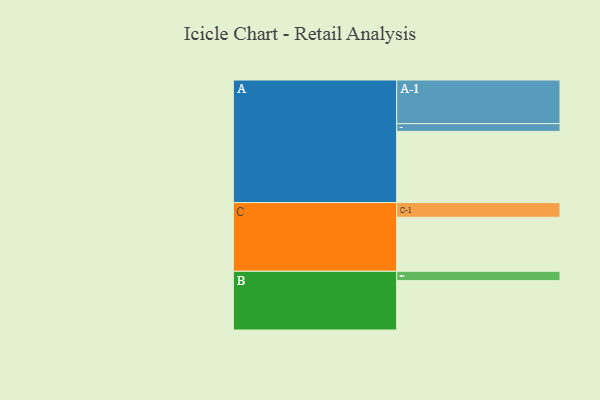
{"axis": {"x": "Segment", "y": "Value"}, "legend": ["", "A", "B", "C"], "data": [{"x": "A", "y": 486, "type": ""}, {"x": "B", "y": 337, "type": ""}, {"x": "C", "y": 369, "type": ""}, {"x": "A-1", "y": 298, "type": "A"}, {"x": "A-2", "y": 53, "type": "A"}, {"x": "B-1", "y": 64, "type": "B"}, {"x": "C-1", "y": 100, "type": "C"}]}